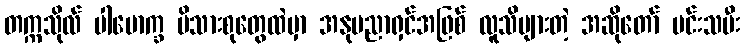
တက္ကသိုလ် ပါမောက္ခ မိသားစုတွေထဲမှာ အနုပညာရှင်အဖြစ် လူသိများတဲ့ အဆိုတော် မင်းသမီး